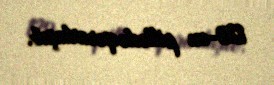
129-cu pillədə qərarlaşıb.